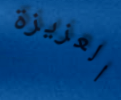
العزيزة